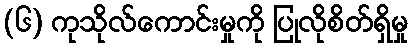
(၆) ကုသိုလ်ကောင်းမှုကို ပြုလိုစိတ်ရှိမှု